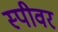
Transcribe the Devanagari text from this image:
स्पीवर